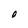
Character: O